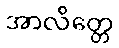
အာလိတ္တေ